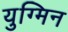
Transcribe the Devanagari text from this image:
युग्मिन